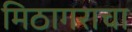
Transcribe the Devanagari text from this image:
मिठागराचा